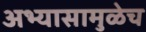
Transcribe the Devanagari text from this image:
अभ्यासामुळेच